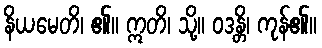
နိယမေတိ၊ ၏။ ဣတိ၊ သို့။ ဝဒန္တိ၊ ကုန်၏။